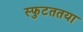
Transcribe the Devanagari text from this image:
स्फुटततया